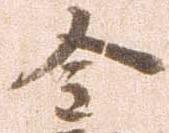
金